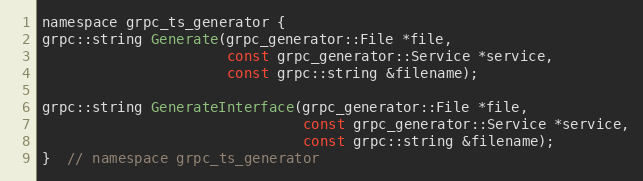
Language: C
namespace grpc_ts_generator {
grpc::string Generate(grpc_generator::File *file,
                      const grpc_generator::Service *service,
                      const grpc::string &filename);

grpc::string GenerateInterface(grpc_generator::File *file,
                               const grpc_generator::Service *service,
                               const grpc::string &filename);
}  // namespace grpc_ts_generator